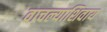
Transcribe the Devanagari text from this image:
वाचल्याशिवाय